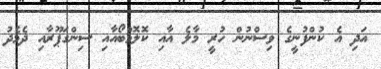
އަދި އެ ކުންފުނީގެ ވިސްނުން ހުރީ މާލެ އާއި ކޮލޮމްބޯއާއި ސިންގަޕޫރާއި ދެމެދު